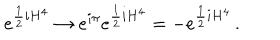
e ^ { \frac { 1 } { 2 } i H ^ { 4 } } \rightarrow e ^ { i \pi } e ^ { \frac { 1 } { 2 } i H ^ { 4 } } = - e ^ { \frac { 1 } { 2 } i H ^ { 4 } } \, .